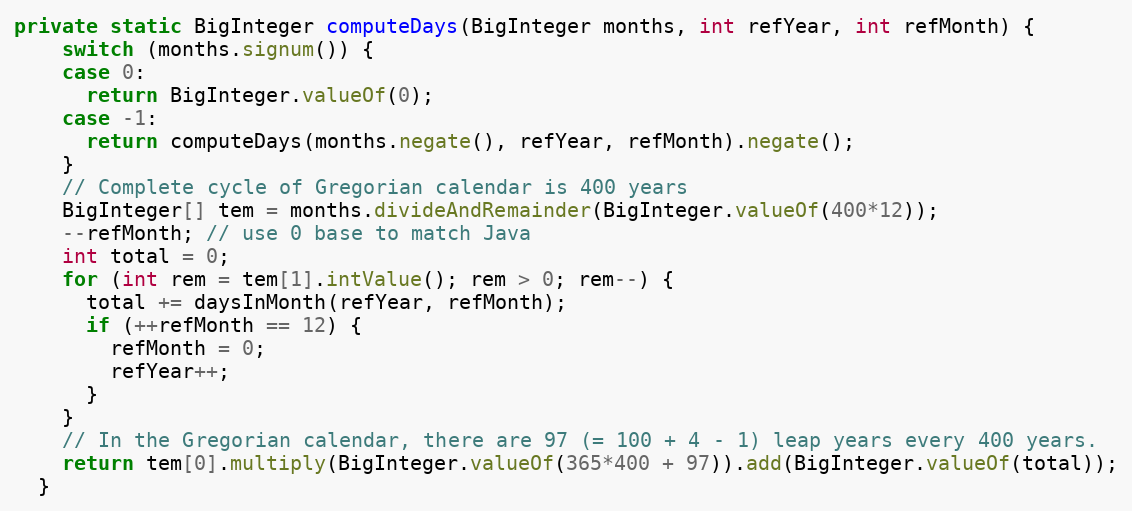
Language: Java
private static BigInteger computeDays(BigInteger months, int refYear, int refMonth) {
    switch (months.signum()) {
    case 0:
      return BigInteger.valueOf(0);
    case -1:
      return computeDays(months.negate(), refYear, refMonth).negate();
    }
    // Complete cycle of Gregorian calendar is 400 years
    BigInteger[] tem = months.divideAndRemainder(BigInteger.valueOf(400*12));
    --refMonth; // use 0 base to match Java
    int total = 0;
    for (int rem = tem[1].intValue(); rem > 0; rem--) {
      total += daysInMonth(refYear, refMonth);
      if (++refMonth == 12) {
        refMonth = 0;
        refYear++;
      }
    }
    // In the Gregorian calendar, there are 97 (= 100 + 4 - 1) leap years every 400 years.
    return tem[0].multiply(BigInteger.valueOf(365*400 + 97)).add(BigInteger.valueOf(total));
  }